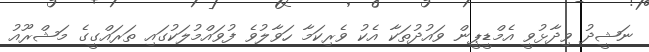
ނަޝީދު ވިދާޅުވީ އެމްޑީޕީން ވައުދުތަކާ އެކު ވެރިކަމާ ހަވާލުވެ ފުވައްމުލަކުގައި ތަރައްގީގެ މަޝްރޫއު